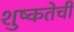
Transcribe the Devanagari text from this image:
शुष्कतेची